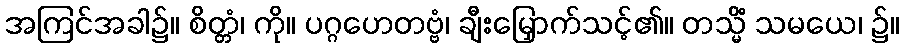
အကြင်အခါ၌။ စိတ္တံ၊ ကို။ ပဂ္ဂဟေတဗ္ဗံ၊ ချီးမြှောက်သင့်၏။ တသ္မိံ သမယေ၊ ၌။